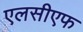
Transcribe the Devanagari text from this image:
एलसीएफ